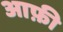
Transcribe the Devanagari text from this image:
आफ़ी